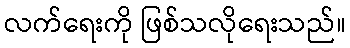
လက်ရေးကို ဖြစ်သလိုရေးသည်။